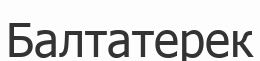
Балтатерек